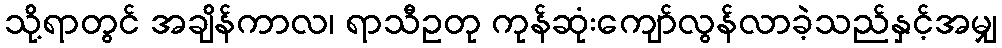
သို့ရာတွင် အချိန်ကာလ၊ ရာသီဥတု ကုန်ဆုံးကျော်လွန်လာခဲ့သည်နှင့်အမျှ